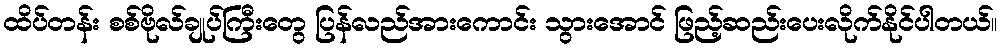
ထိပ်တန်း စစ်ဗိုလ်ချုပ်ကြီးတွေ ပြန်လည်အားကောင်း သွားအောင် ဖြည့်ဆည်းပေးလိုက်နိုင်ပါတယ်။